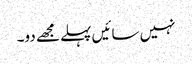
نہیں سائیں پہلے مجھے دو۔